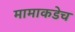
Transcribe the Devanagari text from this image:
मामाकडेच